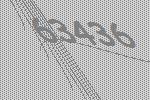
63436